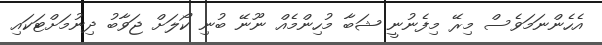
އެހެންނަމަވެސް މިރޭ މިފެނުނީ ޝަބާ މުހިންމެއް ނޫނޭ ބުނި ކޯލަށް ޖަވާބު ދިނުމަށްޓަކައި